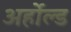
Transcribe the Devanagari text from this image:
अर्होल्ड